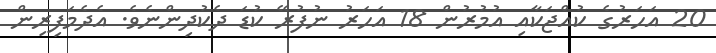
20 އަހަރުގެ ކުއްޖަކާއި އުމުރުން 18 އަހަރު ނުފުރޭ ކުޑަ ދެކުދިންނެވެ. އެދެމަފިރިން